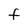
Character: F